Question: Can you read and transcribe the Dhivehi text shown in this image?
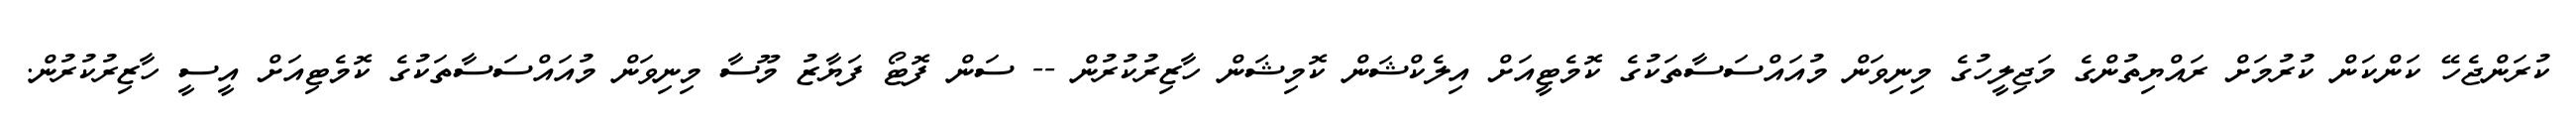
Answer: ކުރަންޖެހޭ ކަންކަން ކުރުމަށް ރައްޔިތުންގެ މަޖިލީހުގެ މިނިވަން މުއައްސަސާތަކުގެ ކޮމެޓީއަށް އިލެކްޝަން ކޮމިޝަން ހާޒިރުކުރުން -- ސަން ފޮޓޯ ފަޔާޒު މޫސާ މިނިވަން މުއައްސަސާތަކުގެ ކޮމެޓިއަށް އީސީ ހާޒިރުކުރުން.